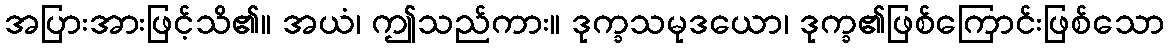
အပြားအားဖြင့်သိ၏။ အယံ၊ ဤသည်ကား။ ဒုက္ခသမုဒယော၊ ဒုက္ခ၏ဖြစ်ကြောင်းဖြစ်သော